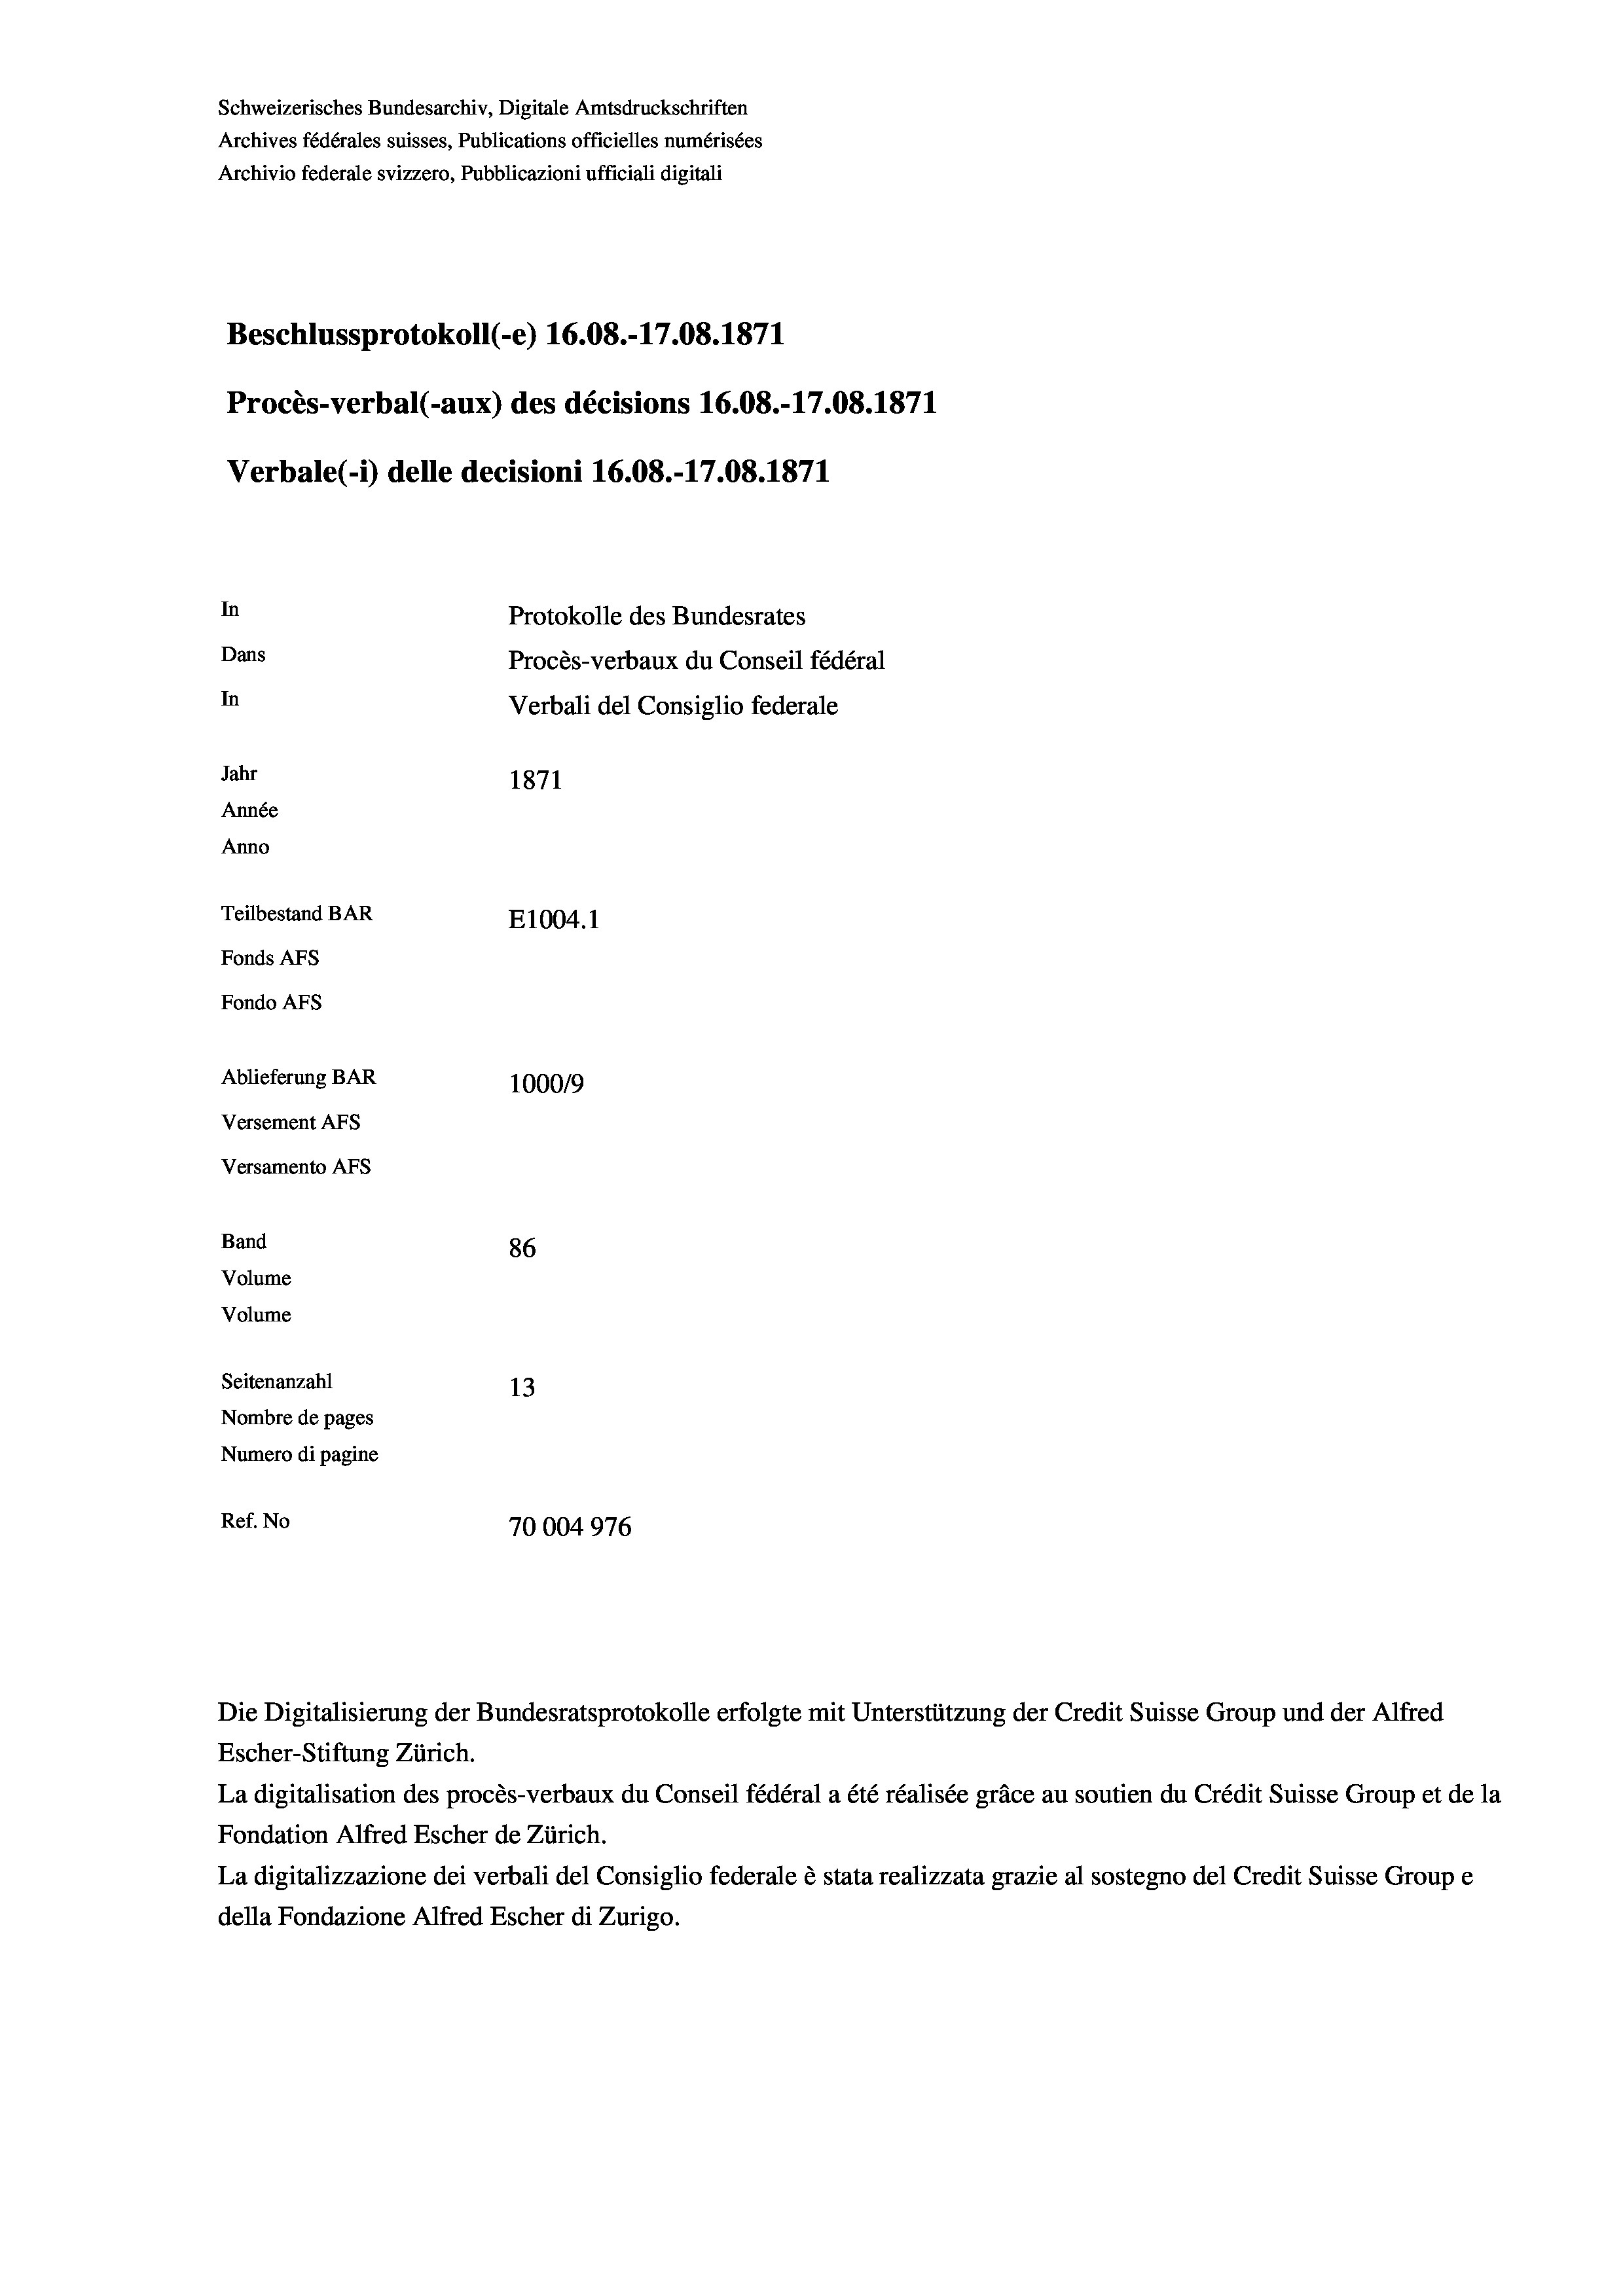
Schweizerisches Bundesarchiv, Digitale Amtsdruckschriften
Archives fédérales suisses, Publications officielles numérisées
Archivio federale svizzero, Pubblicazioni ufficiali digitali
Beschlussprotokoll (-e) 16.08.-17.08. 1871
Procès-verbal (-aux) des décisions 16.08.-17.08. 1871
Verbale (- 1) delle decisioni 16.08.-17.08. 1871
In
Protokolle des Bundesrates
Dans
Procès-verbaux du Conseil fédéral
In
Verbali del Consiglio federale
Jahr
1871
Année
Anno
Teilbestand BAR
E1004. 1
Fonds Afs
Fondo Afs
Ablieferung BAR
100019
Versement Ans
Versamento Afs
Band
86
Volume
Volume
Seitenanzahl
13
Nombre de pages
Numero di pagine
Ref. No
70004976

Die Digitalisierung der Bundesratsprotokolle erfolgte mit Unterstützung der Credit Suisse Group und der Alfred
Escher-Stiftung Zürich.
La digitalisation des procès-verbaux du Conseil fédéral a été réalisée gräce au soutien du Crédit Suisse Group et de la
Fondation Alfred Escher de Zürich.
La digitalizzazione dei verbali del Consiglio federale è stata realizzata grazie al sostegno del Credit Suisse Groupe
della Fondazione Alfred Escher di Zurigo.